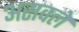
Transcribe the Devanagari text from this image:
असवले